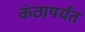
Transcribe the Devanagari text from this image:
कंठापर्यंत